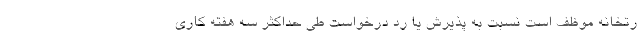
رتخانه موظف است نسبت به پذیرش یا رد درخواست طی حداکثر سه هفته کاری